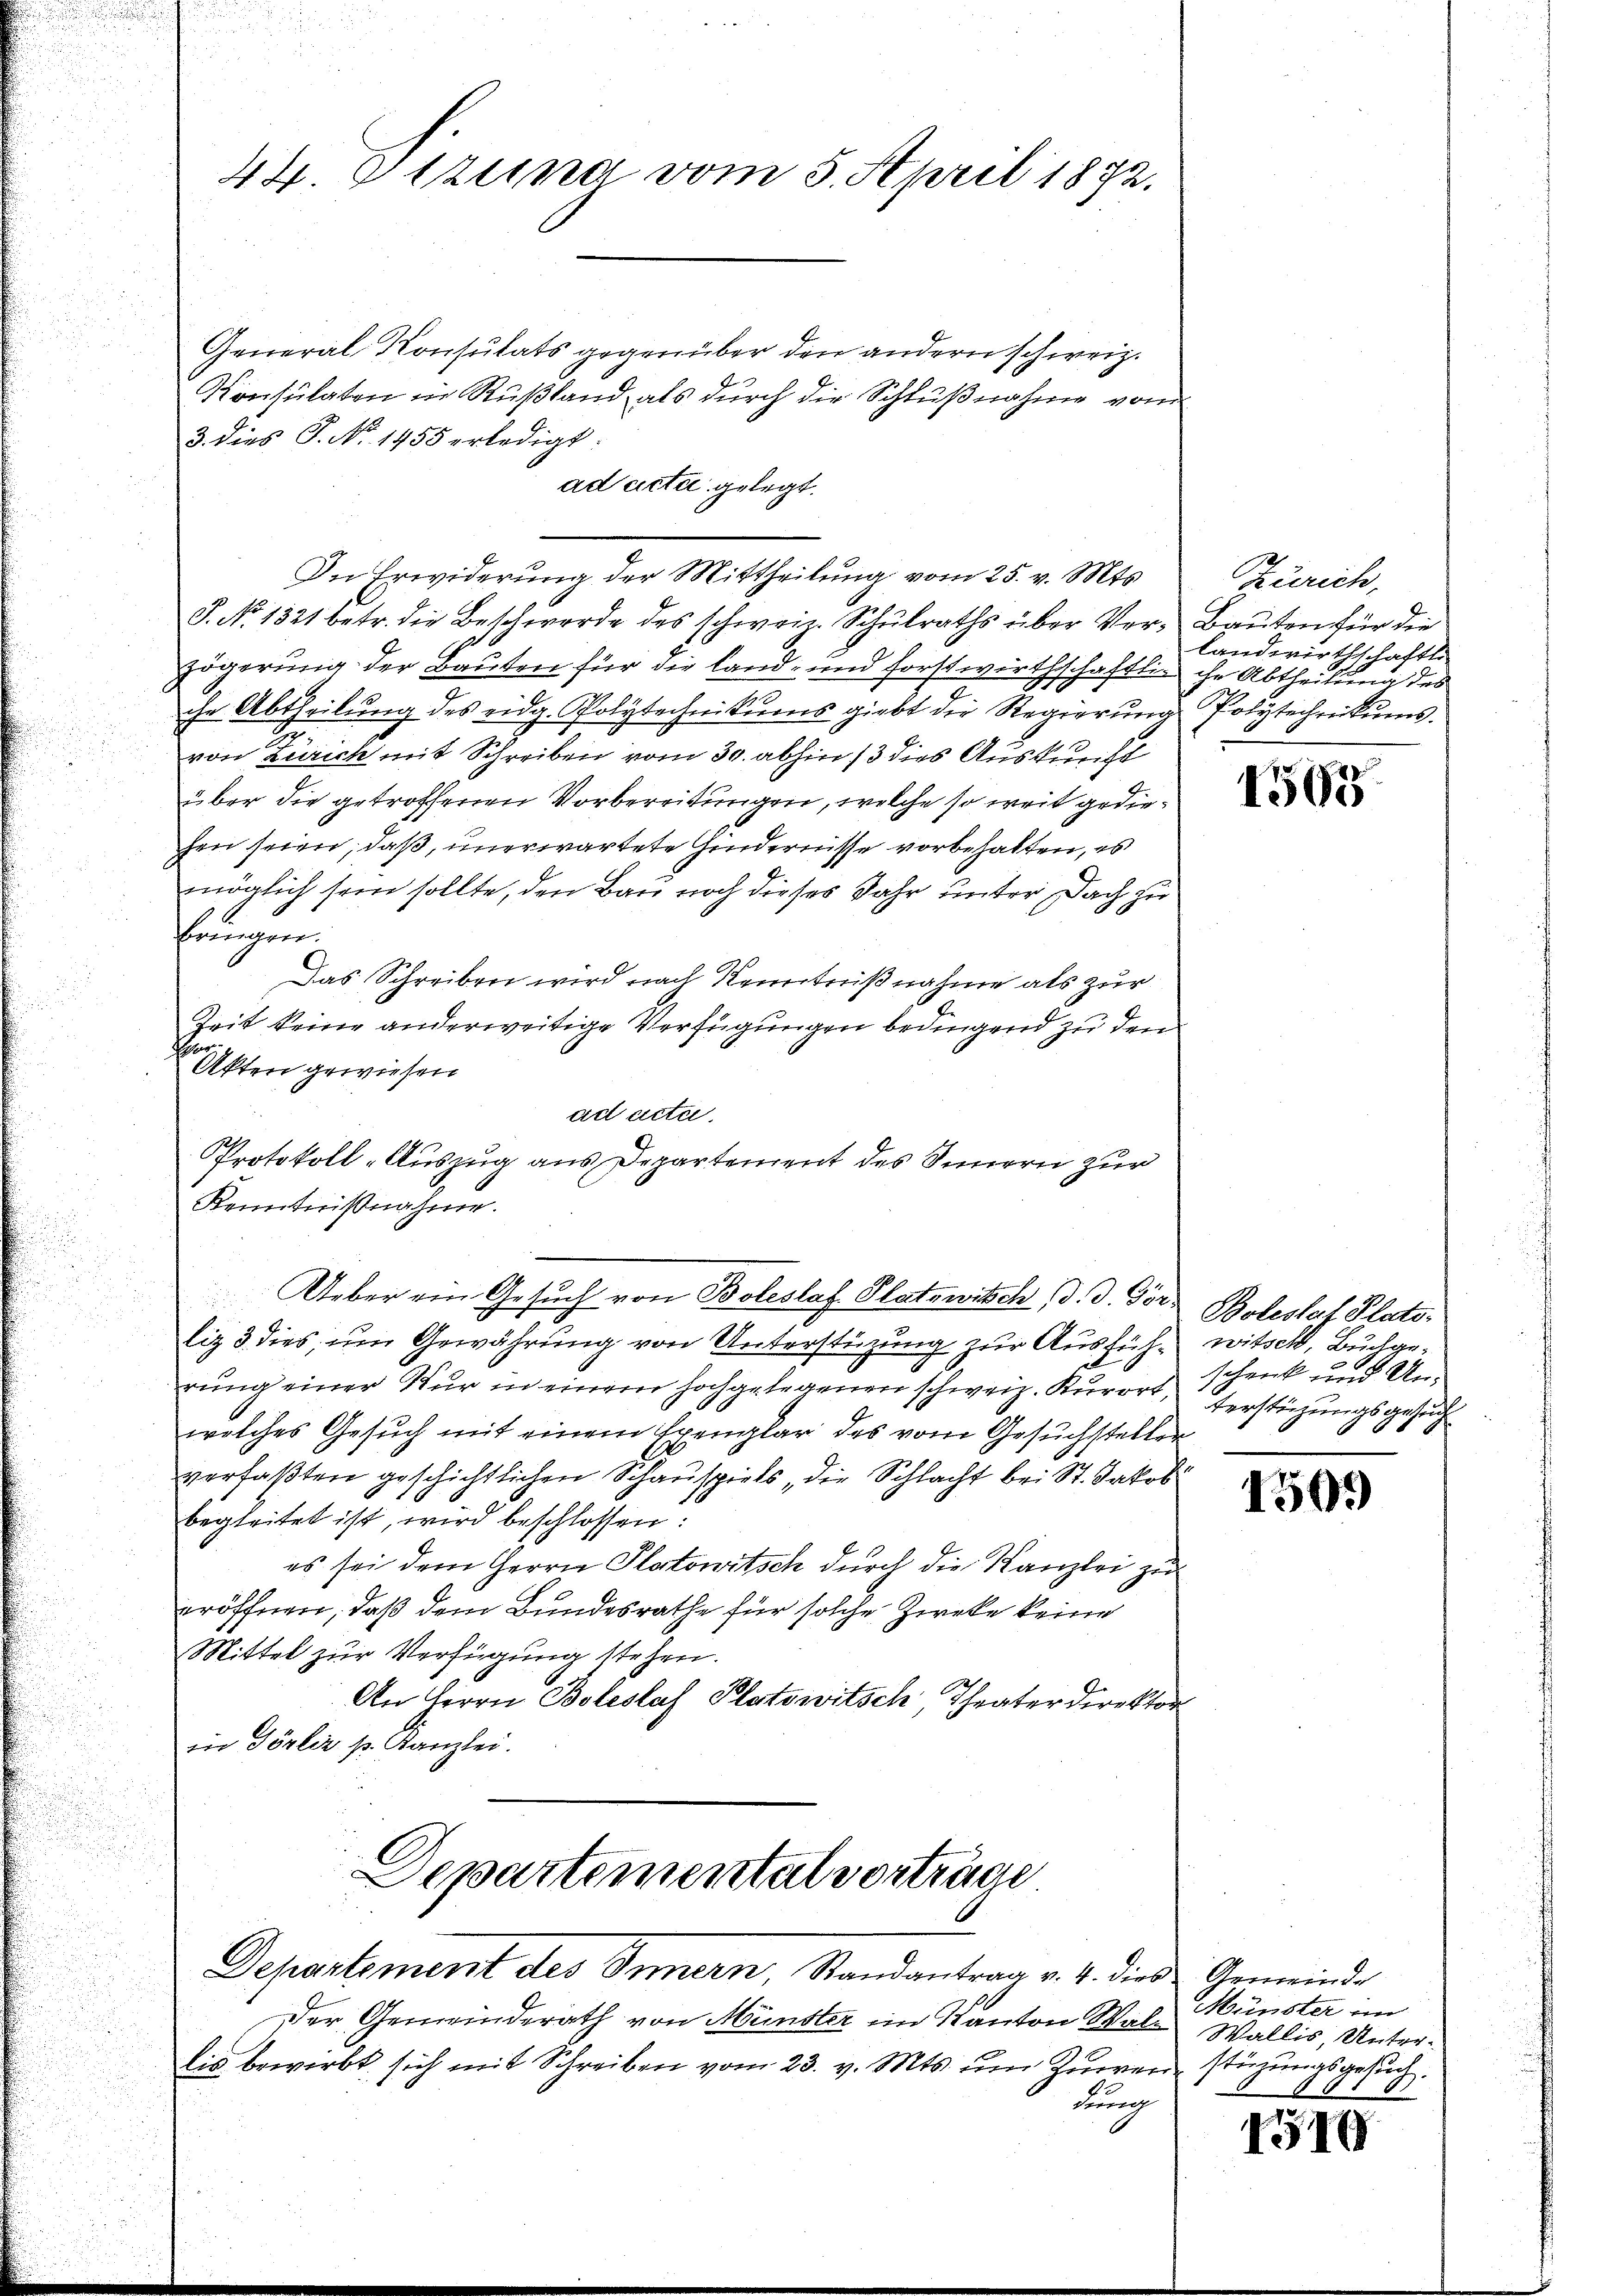
44. Sitzung vom 5. April 1872.

General Konsulats gegenüber den andern schweiz.
Konsulaten in Rußland, als durch die Schlußnahme vom
3. dies P. No. 1455 erledigt:
J. No 1321 betr. die Beschwerde des schweiz. Schulraths über Ver-Bauten für die
zögerung der Bauten für die Land- und Forstwirthschaftlig ihr Abtheilung des
che Abtheilung des eidg. Polytechnikums giebt die Regierung Polytechnikums.
von Zürich mit Schreiben vom 30. abhin 13 dies Auskunft
über die getroffenen Vorbereitungen, welche so weit gediehen seien, daß, unerwartete Hindernisse vorbehalten, es
möglich sein sollte, den Bau noch dieses Jahr unter Dach zu
bringen.
Das Schreiben wird nach Kenntnißnahme als zur
Zeit keine anderweitige Verfügungen bedingend zu den
e
Akten gewiesen
ad acta.
Protokoll-Auszug aus Departement des Innern zur
Ueber ein Gesuch von Boleslaf Platzwisch (d. d. Fors Botestef Platoliz 3 dies, um Gewährung von Unterstüzung zur Ausfüh-witsch, Buchgerŭng einer Nur in einem hochgelegenen schweiz. Kurort, Verstüzungsgesuch
welches Gesuch mit einem Exenglar des vom Gesuchsteller
verfaßten geschichtlichen Schauspiels, die Schlacht bei St. Jakob
begleitet ist, wird beschlossen:
es sei dem Herrn Platowitsch durch die Kanzlei zu
eröffnen, daß dem Bundesrathe für solche Zwecke keine
Mittel zur Verfügung stehen.
An Herrn Boleslaf Platowitsch, Theater direktor
in Dörliz pr. Kanzlei.
Departementat vorträge
Departement des Innern, Randantrag v. 4. dies Gemeinde
Der Gemeinderath von Münster im Kanton Wald Wallis, Unterlis bewirbt, sich mit Schreiben vom 23. v. Mts. um Zuwen stüzungsgesuchkung

Kenntnißnahme.

ad acta gelegt.
In Erwiderung der Mittheilung vom 25. v. Mts.

Zürich,
landwirthschaftli

1565

schenk und Un¬

1505)

Münster im

1510